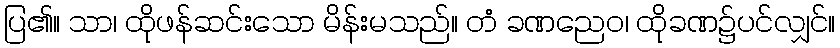
ပြ၏။ သာ၊ ထိုဖန်ဆင်းသော မိန်းမသည်။ တံ ခဏညေဝ၊ ထိုခဏ၌ပင်လျှင်။